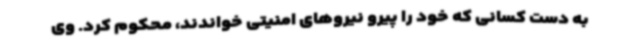
به دست کسانی که خود را پیرو نیروهای امنیتی خواندند، محکوم کرد. وی